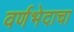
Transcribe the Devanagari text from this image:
वर्णभेदाचा